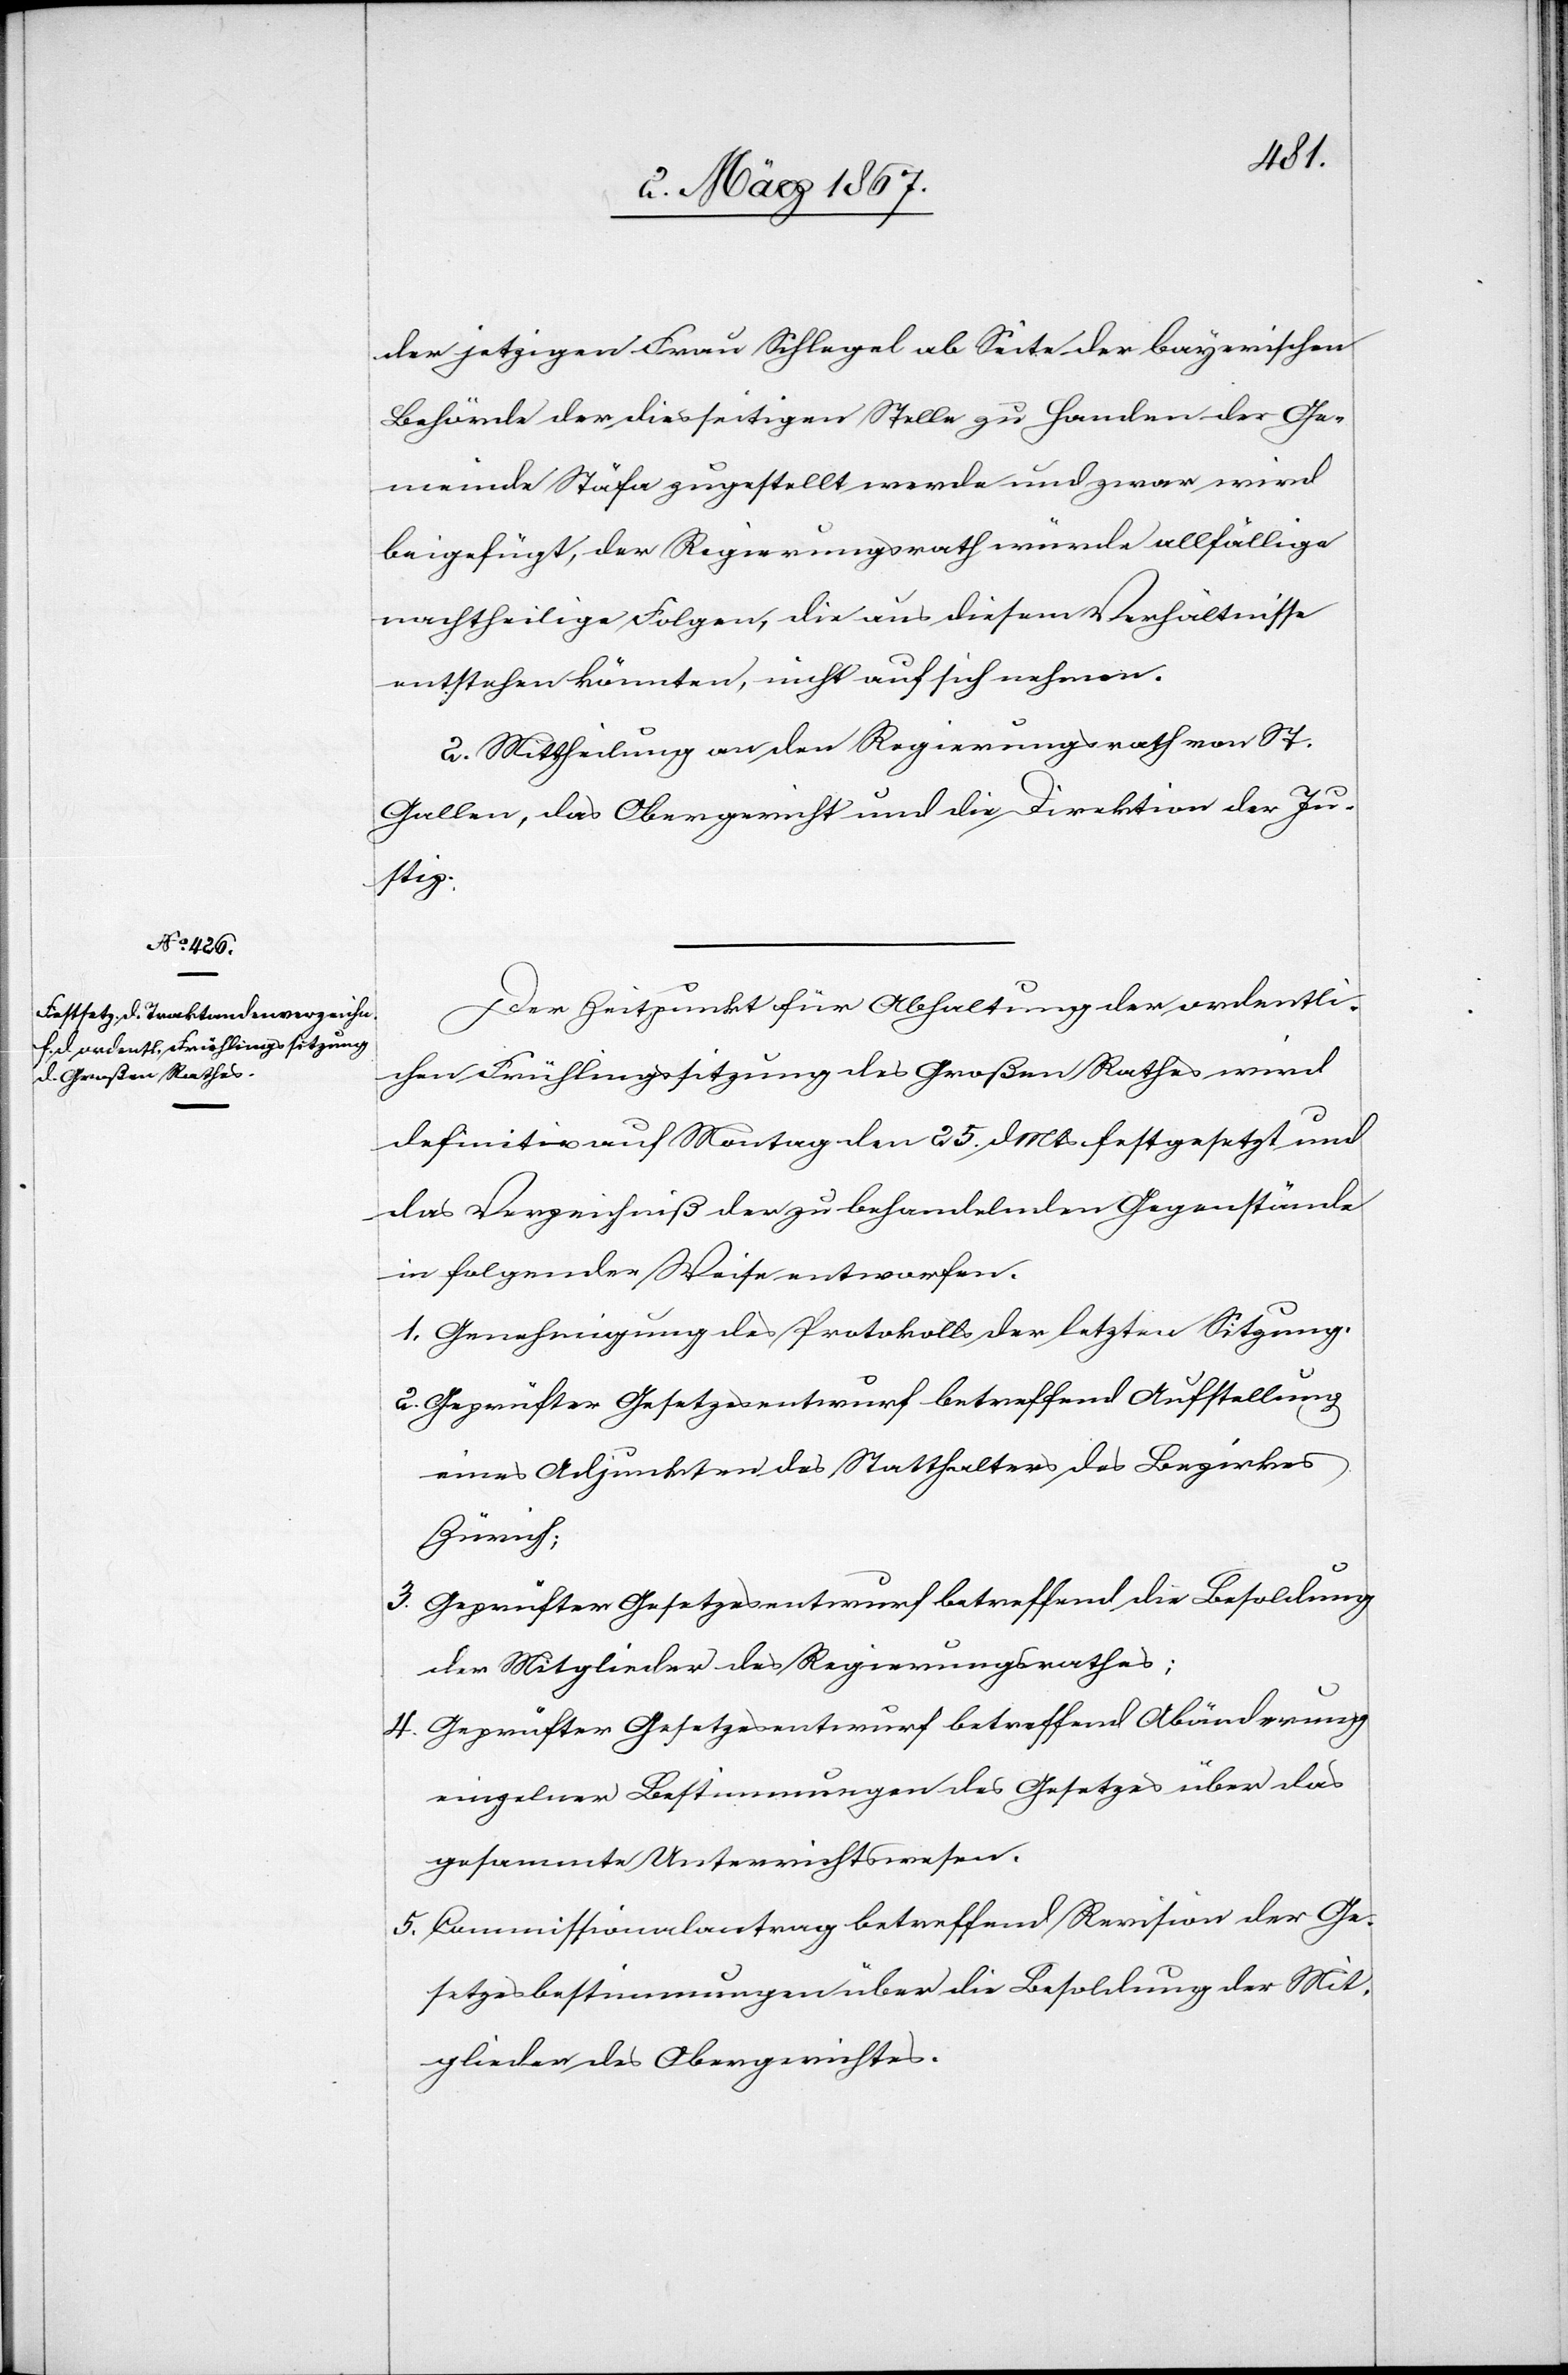
der jetzigen Frau Schlegel ab Seite der bayerischen
Behörde der diesseitigen Stelle zu Handen der Ge¬
meinde Stäfa zugestellt werde und zwar wird
beigefügt, der Regierungsrath würde allfällige
nachtheilige Folgen, die aus diesem Verhältnisse
entstehen könnten, nicht auf sich nehmen.
2. Mittheilung an den Regierungsrath von St.
Gallen, das Obergericht und die Direktion der Ju¬
stiz.
Der Zeitpunkt für Abhaltung der ordentli¬
chen Frühlingssitzung des Großen Rathes wird
definitiv auf Montag den 25. d. Mts festgesetzt und
das Verzeichniß der zu behandelnden Gegenstände
in folgender Weise entworfen.
1. Genehmigung des Protokolls der letzten Sitzung.
2. Geprüfter Gesetzesentwurf betreffend Aufstellung
eines Adjunkten des Statthalters des Bezirkes
Zürich;
3. Geprüfter Gesetzesentwurf betreffend die Besoldung
der Mitglieder des Regierungsrathes;
4. Geprüfter Gesetzesentwurf betreffend Abänderung
einzelner Bestimmungen des Gesetzes über das
gesammte Unterrichtswesen.
5. Commissionalantrag betreffend Revision der Ge¬
setzesbestimmungen über die Besoldung der Mit¬
glieder des Obergerichtes.